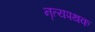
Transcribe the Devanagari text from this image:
नॄत्यपथक